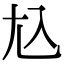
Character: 𡯈